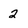
Character: 2